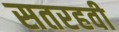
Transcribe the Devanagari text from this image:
सतरहवी